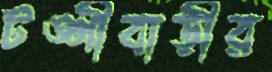
টঙ্গীবাড়ীর